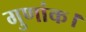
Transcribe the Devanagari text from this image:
गुणांक।